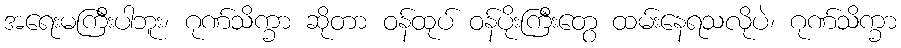
အရေးမကြီးပါဘူး၊ ဂုဏ်သိက္ခာ ဆိုတာ ဝန်ထုပ် ဝန်ပိုးကြီးတွေ ထမ်းနေရသလိုပဲ၊ ဂုဏ်သိက္ခာ